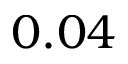
0 . 0 4